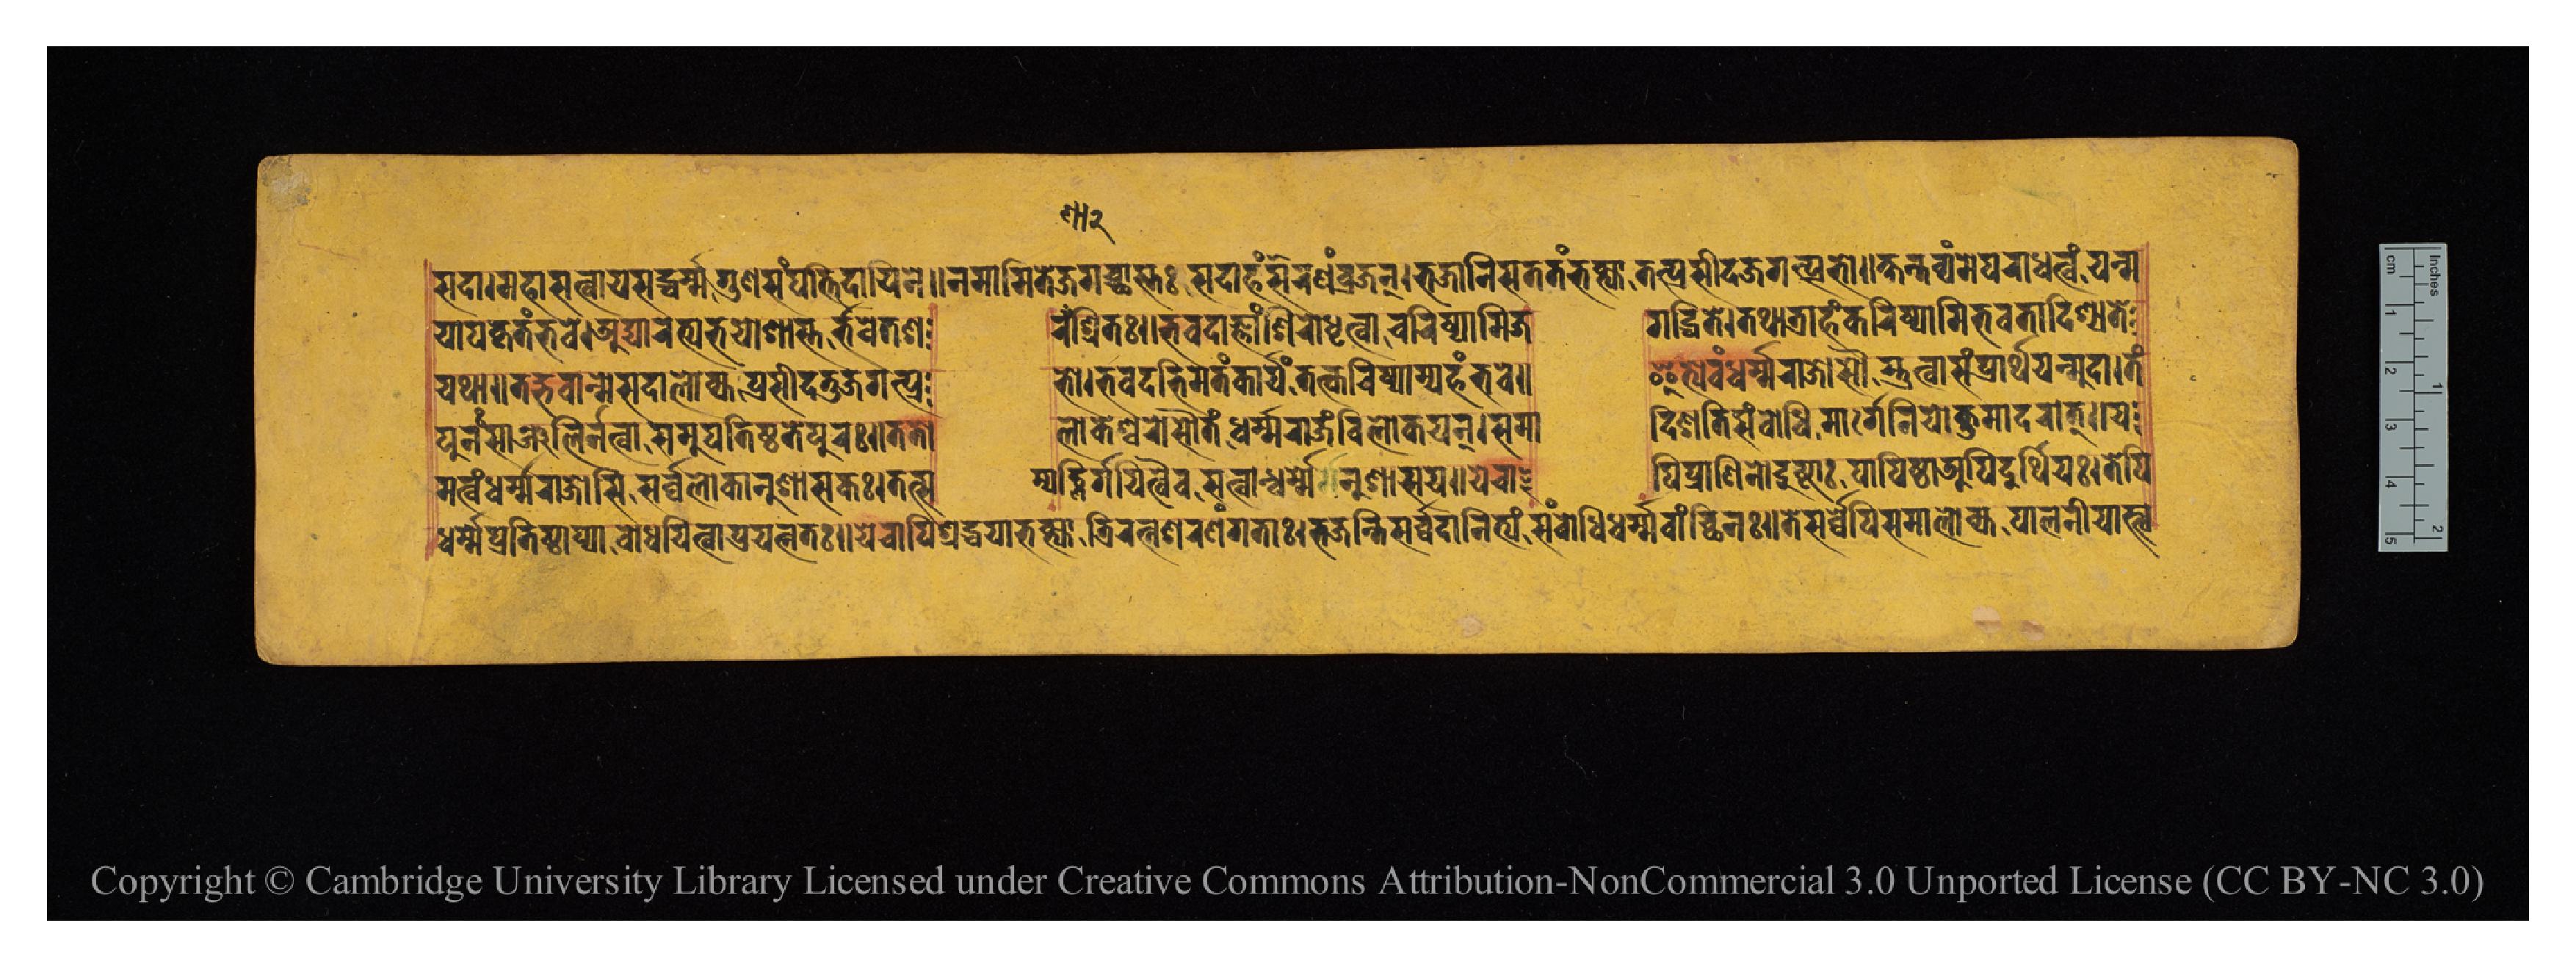
𑐳𑐡𑐵𑑋𑐩𑐴𑐵𑐳𑐟𑑂𑐰𑐵𑐫𑐳𑐡𑑂𑐢𑐬𑑂𑐩𑑂𑐩𑐐𑐸𑐞𑐳𑑄𑐥𑐟𑑂𑐟𑐶𑐡𑐵𑐫𑐶𑐣𑐾𑑌𑐣𑐩𑐵𑐩𑐶𑐟𑐾𑐖𑐐𑐔𑑂𑐕𑐵𑐳𑑂𑐟𑑅𑐳𑐡𑐵𑐴𑑄𑐱𑐬𑐞𑑄𑐰𑑂𑐬𑐖𑐣𑑂𑑋𑐨𑐖𑐵𑐣𑐶𑐳𑐟𑐟𑑄𑐨𑐎𑑂𑐟𑑂𑐫𑐵𑐟𑐟𑑂𑐥𑑂𑐬𑐳𑐷𑐡𑐖𑐐𑐟𑑂𑐥𑑂𑐬𑐨𑑀𑑌𑐎𑑂𑐲𑐣𑑂𑐟𑐰𑑂𑐫𑑄𑐩𑐾𑐥𑐬𑐵𑐢𑐟𑑂𑐰𑑄𑐫𑐣𑑂𑐩 𑐫𑐵𑐥𑐎𑐺𑐟𑑄𑐨𑐰𑐾𑐟𑑂𑑋𑐀𑐡𑑂𑐫𑐵𑐬𑐨𑑂𑐫𑐳𑐡𑐵𑐱𑐵𑐳𑑂𑐟𑐬𑑂𑐨𑐰𑐾𑐟𑐱  𑐬𑐞𑐵𑐱𑑂𑐬𑐷𑐟𑑅𑑋𑐨𑐰𑐡𑐵𑐖𑑂𑐘𑐵𑑄𑐱𑐶𑐬𑑀𑐢𑐺𑐟𑑂𑐰𑐵𑐔𑐬𑐶𑐲𑑂𑐫𑐵𑐩𑐶𑐖  𑐐𑐡𑑂𑐢𑐶𑐟𑐾𑑋𑐟𑐠𑐵𑐟𑑂𑐬𑐵𑐴𑑄𑐎𑐬𑐶𑐲𑑂𑐫𑐵𑐩𑐶𑐨𑐰𑐟𑐵𑐡𑐶𑐱𑑂𑐫𑐟𑐾 𑐫𑐠𑐵𑑌𑐟𑐡𑑂𑐨𑐰𑐵𑐣𑑂𑐩𑐾𑐳𑐡𑐵𑐮𑑀𑐎𑑂𑐫𑐥𑑂𑐬𑐳𑐷𑐡𑐟𑐸𑐖𑐐𑐟𑑂𑐥𑑂𑐬  𑐨𑑀𑑋𑐨𑐰𑐡𑐨𑐶𑐩𑐟𑑄𑐎𑐵𑐬𑑂𑐫𑑄𑐟𑐳𑑂𑐎𑐬𑐶𑐲𑑂𑐫𑐵𑐩𑑂𑐫𑐴𑑄𑐨𑐰𑐾𑑌  𑐂𑐟𑑂𑐫𑐾𑐰𑑄𑐢𑐬𑑂𑐩𑑂𑐩𑐬𑐵𑐖𑑀𑐳𑑁𑐳𑑂𑐟𑐸𑐟𑑂𑐰𑐵𑐳𑑄𑐥𑑂𑐬𑐵𑐬𑑂𑐠𑐫𑐣𑑂𑐩𑐸𑐡𑐵𑑋𑐟𑑄 𑐥𑐸𑐣𑑅𑐳𑐵𑐘𑑂𑐖𑐮𑐶𑐬𑑂𑐣𑐟𑑂𑐰𑐵𑐳𑐩𑐸𑐥𑐟𑐶𑐲𑑂𑐛𑐟𑐾𑐥𑐸𑐣𑑅𑑋𑐟𑐟𑑀  𑐮𑑀𑐎𑐾𑐱𑑂𑐰𑐬𑑀𑐳𑑁𑐟𑑄𑐢𑐬𑑂𑐩𑑂𑐩𑐬𑐵𑐖𑑄𑐰𑐶𑐮𑑀𑐎𑐫𑐣𑑂𑑋𑐳𑐩𑐵  𑐡𑐶𑐱𑐟𑐶𑐳𑑄𑐧𑑀𑐢𑐶𑐩𑐵𑐬𑑂𑐐𑐾𑐣𑐶𑐫𑑀𑐎𑑂𑐟𑐸𑐩𑐵𑐡𑐬𑐟𑑂𑑌𑐫 𑐢𑐬𑑂𑐩𑐾𑐥𑑂𑐬𑐟𑐶𑐲𑑂𑐛𑐵𑐥𑑂𑐫𑐧𑑀𑐢𑐫𑐶𑐟𑑂𑐰𑐵𑐥𑑂𑐬𑐫𑐟𑑂𑐣𑐟𑑅𑑌𑐫𑐾𑐔𑐵𑐥𑐶𑐱𑑂𑐬𑐡𑑂𑐢𑐫𑐵𑐨𑐎𑑂𑐟𑑂𑐫𑐵𑐟𑑂𑐬𑐶𑐬𑐟𑑂𑐣𑑄𑐱𑐬𑐞𑑄𑐐𑐟𑐵𑑅𑑋𑐨𑐖𑐣𑑂𑐟𑐶𑐳𑐬𑑂𑐰𑑂𑐰𑐡𑐵𑐣𑐶𑐟𑑂𑐫𑑄𑐳𑑄𑐧𑑀𑐢𑐶𑐢𑐬𑑂𑐩𑑂𑐩𑐰𑐵𑐘𑑂𑐕𑐶𑐣𑑅𑑌𑐟𑐾𑐳𑐬𑑂𑐰𑑂𑐰𑐾𑐥𑐶𑐳𑐩𑐵𑐮𑑀𑐎𑑂𑐫𑐥𑐵𑐮𑐣𑐷𑐫𑐵𑐳𑑂𑐟𑑂𑐰 𑐩𑐟𑑂𑐰𑑄𑐢𑐬𑑂𑐩𑑂𑐩𑐬𑐵𑐖𑑀𑐳𑐶𑐳𑐬𑑂𑐰𑑂𑐰𑐮𑑀𑐎𑐵𑐣𑐸𑐱𑐵𑐳𑐎𑑅𑑋𑐟𑐟𑑂𑐳  𑐩𑑂𑐥𑐡𑑂𑐨𑐶𑐬𑑂𑐐𑐫𑐶𑐟𑑂𑐰𑐿𑐰𑐳𑐟𑑂𑐰𑐵𑐣𑑂𑐢𑐬𑑂𑐩𑐾𑐣𑐸𑐱𑐵𑐳𑐫𑑌𑐫𑐾𑐔𑐵  𑐥𑐶𑐥𑑂𑐬𑐵𑐞𑐶𑐣𑑀𑐡𑐸𑐲𑑂𑐚𑐵𑑅𑐥𑐵𑐥𑐶𑐲𑑂𑐛𑐵𑐀𑐥𑐶𑐡𑐸𑐬𑑂𑐢𑐶𑐫𑑅𑑋𑐟𑐾𑐥𑐶